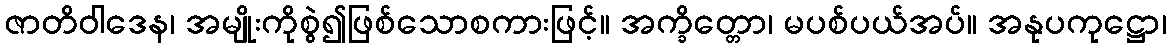
ဇာတိဝါဒေန၊ အမျိုးကိုစွဲ၍ဖြစ်သောစကားဖြင့်။ အက္ခိတ္တော၊ မပစ်ပယ်အပ်။ အနုပကုဋ္ဌော၊